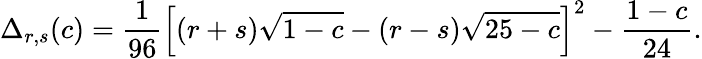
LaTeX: \Delta_{r,s}(c)=\frac{1}{96}\left[(r+s)\sqrt{1-c}-(r-s)\sqrt{25-c}\right]^{2}-\frac{1-c}{24}.